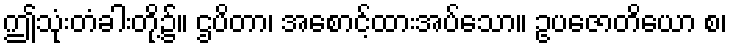
ဤသုံးတံခါးတို့၌။ ဌပိတာ၊ အစောင့်ထားအပ်သော။ ဥပဇောတိယော စ၊